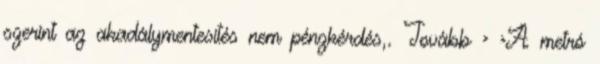
szerint az akadálymentesítés nem pénzkérdés,. Tovább › ›A metró